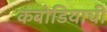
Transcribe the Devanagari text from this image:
कंबोडियाची